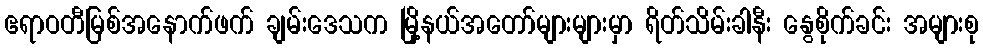
ဧရာဝတီမြစ်အနောက်ဖက် ချမ်းဒေသက မြို့နယ်အတော်များများမှာ ရိတ်သိမ်းခါနီး နွေစိုက်ခင်း အများစု